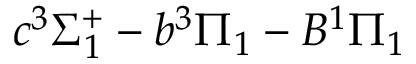
c ^ { 3 } \Sigma _ { 1 } ^ { + } - b ^ { 3 } \Pi _ { 1 } - B ^ { 1 } \Pi _ { 1 }